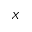
X